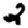
Digit: 2